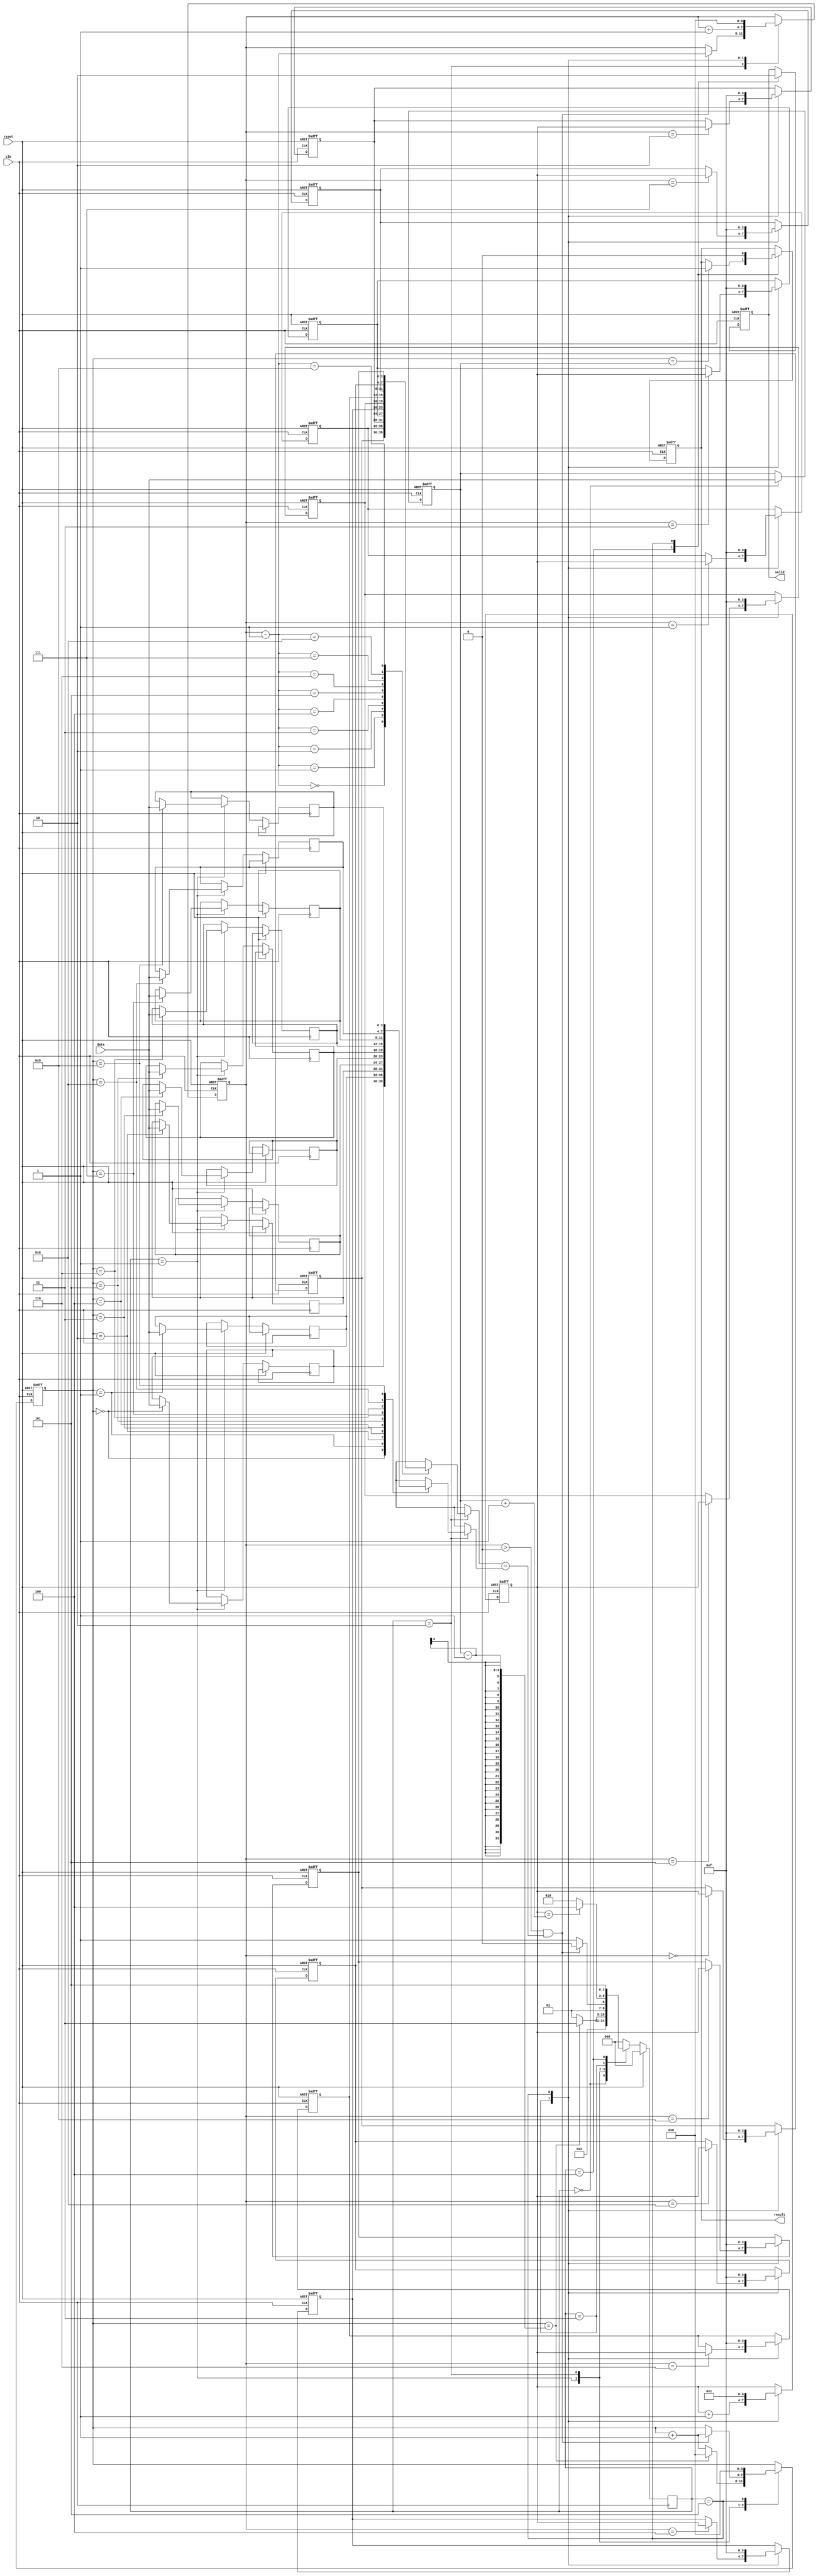
module rails(clk, reset, data, valid, result);

  input clk;
  input reset;
  input [3:0] data;
  output reg valid;
  output reg result;
  
  localparam NUMBER_IN = 3'd0;
  localparam DATA_IN = 3'd1;
  localparam STATION_POP = 3'd2;
  localparam STATION_PUSH = 3'd3;
  localparam OUT = 3'd4;
  localparam WAIT = 3'd5;

  reg [2:0] state, nextState;
  reg [3:0] num;            // record the number of coming trains
  reg [3:0] index;          // index of sequence of departure order
  reg [3:0] order [9:0];    // data array to store departure order
  reg [3:0] station_index;  // index of the stack
  reg [3:0] station [9:0];  // data array that acts as stack
  reg [3:0] sequence_index; // count of arrived trains
  
  wire [3:0] station_index_minus_one = station_index-4'd1;

  integer i;

  always @(*) begin
    case(state)
      NUMBER_IN: begin
        nextState = DATA_IN;
      end
      // All data had been read
      DATA_IN: begin
        if(index == num -1) nextState = STATION_PUSH;
        else nextState = DATA_IN;
      end
      STATION_POP: begin
        // TOP of stack == current departure number
        if(station_index>0 && station[station_index_minus_one] == order[index]) nextState = STATION_POP;
        else nextState = STATION_PUSH;
      end
      STATION_PUSH: begin
        // All trains have arrived at the station
        if(sequence_index == num+1) nextState <= OUT;
        else nextState = STATION_POP;
      end
      OUT: begin
        nextState = WAIT;
      end
      default: begin
        nextState = NUMBER_IN;
      end
    endcase
  end  

  always @(posedge clk) begin
    if(reset) state <= NUMBER_IN;
    else state <= nextState;
  end

  always @(posedge clk or posedge reset) begin
    if(reset) begin
      for(i=0; i<10; i=i+1) station[i] = 4'b1111;
      valid <= 0; result <= 0;
      num <= 0;
      index <= 0;
      station_index <= 0;
      sequence_index <= 1;
    end
    else begin
      case(state)
        NUMBER_IN: begin //read number of coming trains
          num <= data;
        end
        DATA_IN: begin //read data of departure order
          order[index] <= data;
          if(index == num - 1) index <= 4'd0;
          else index <= index + 1;
        end
        STATION_POP: begin //compare top with order
          if(station_index > 0 && station[station_index_minus_one] == order[index]) begin
            station_index <= station_index - 1;
            index <= index + 1;
          end
        end
        STATION_PUSH: begin //push data into stack
            station[station_index] <= sequence_index;
            station_index <= station_index + 1;
            sequence_index <= sequence_index + 1;
        end
        OUT: begin //output result
          valid <= 1;
          if(index == num) result <= 1;
        end
        WAIT: begin //reset register
          for(i=0; i<10; i=i+1) station[i] <= 4'b1111;
          valid <= 0;
          result <= 0;
          index <= 0;
          station_index <= 0;
          sequence_index <= 1;
        end
      endcase
    end
  end
endmodule